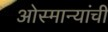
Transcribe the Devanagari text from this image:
ओस्मान्यांची